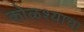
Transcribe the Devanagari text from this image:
कोळश्याचा